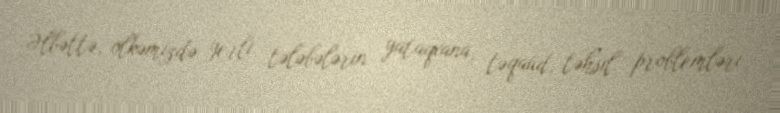
Əlbəttə, ölkəmizdə yerli tələbələrin yataqxana, təqaüd, təhsil problemləri